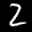
Label: 2